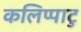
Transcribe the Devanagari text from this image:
कलिप्पाटु